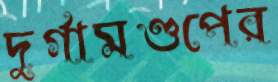
দুর্গামণ্ডপের